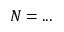
N = . . .